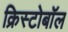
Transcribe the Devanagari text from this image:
क्रिस्टोबॉल